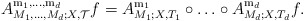
\begin{align*}A_{M_1,\ldots, M_d;X, \mathcal T}^{{\mathrm m}_1,\ldots, {\rm m}_d}f=A_{M_1;X, T_1}^{{\mathrm m}_1}\circ \ldots \circ A_{M_d;X, T_d}^{{\mathrm m}_d}f.\end{align*}